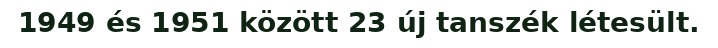
1949 és 1951 között 23 új tanszék létesült.